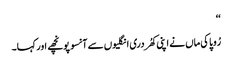
‘‘
رُوپا کی ماں نے اپنی کھُردری انگلیوں سے آنسو پونچھے اور کہا۔